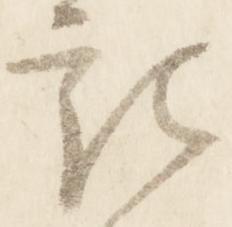
記